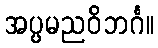
အပ္ပမညဝိဘင်္ဂ။